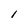
Character: l